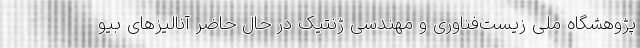
پژوهشگاه ملی زیست‌فناوری و مهندسی ژنتیک در حال حاضر آنالیزهای بیو